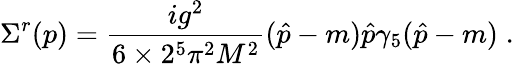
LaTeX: \Sigma^{r}(p)=\frac{ig^{2}}{6\times 2^{5}{\pi}^{2}M^{2}}(\hat{p}-m)\hat{p}\gamma_{5}(\hat{p}-m)\; .